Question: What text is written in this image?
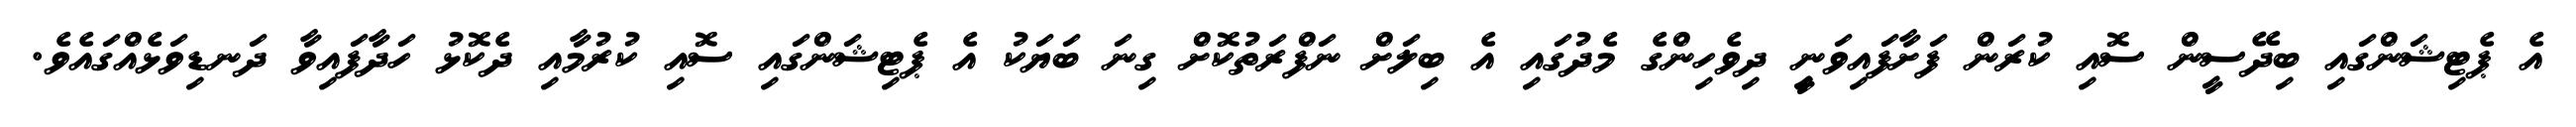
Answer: އެ ޕެޓިޝަންގައި ބިދޭސީން ސޮއި ކުރަން ފަށާފައިވަނިީ ދިވެހިންގެ މެދުގައި އެ ބިލަށް ނަފްރަތުކޮށް ގިނަ ބަޔަކު އެ ޕެޓިޝަންގައި ސޮއި ކުރުމާއި ދެކޮޅު ހަދާފައިވާ ދަނޑިވަޅެއްގައެވެ.